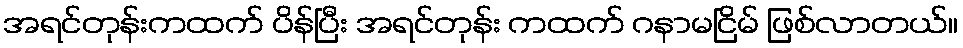
အရင်တုန်းကထက် ပိန်ပြီး အရင်တုန်း ကထက် ဂနာမငြိမ် ဖြစ်လာတယ်။